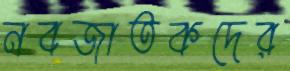
নবজাতকদের